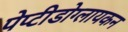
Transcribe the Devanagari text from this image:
पेप्टीडोग्लायकन